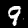
Label: 9